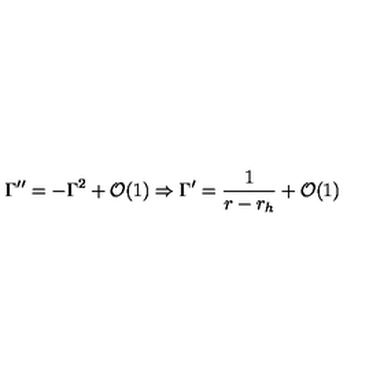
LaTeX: \Gamma ^ { \prime \prime } = - \Gamma ^ { 2 } + { \cal { O } } ( 1 ) \Rightarrow \Gamma ^ { \prime } = \frac { 1 } { r - r _ { h } } + { \cal { O } } ( 1 )